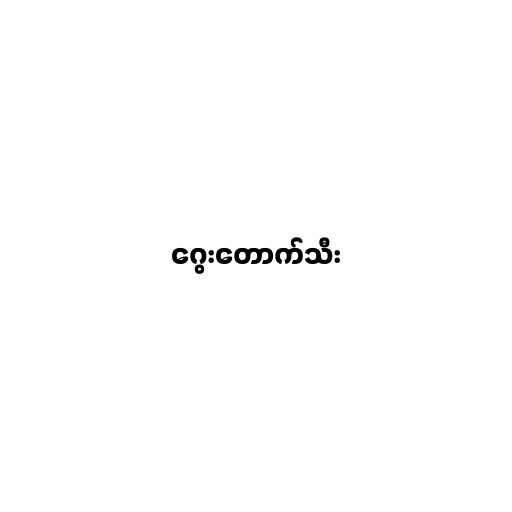
ဂွေးတောက်သီး